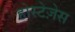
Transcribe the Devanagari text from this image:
होस्टेज़ेस